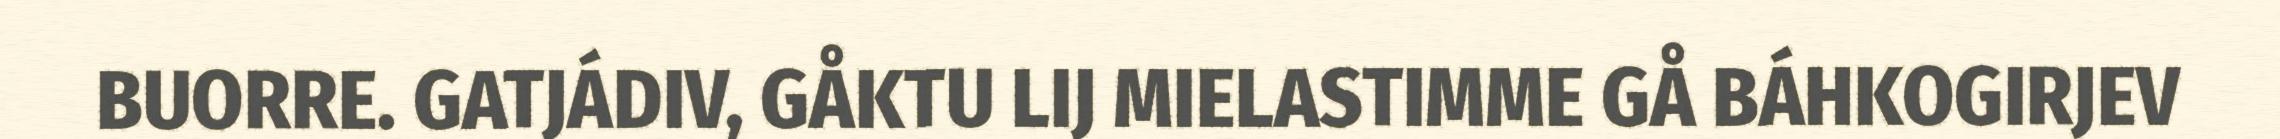
BUORRE. GATJÁDIV, GÅKTU LIJ MIELASTIMME GÅ BÁHKOGIRJEV